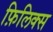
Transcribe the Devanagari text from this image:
फ़िलिक्स